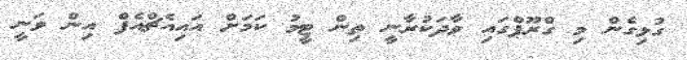
ގުޅިގެން މި ގްރޫޕްގައި ވާދަކުރާނީ ތިން ޓީމު ކަމަށް އައިއެޗްއެފް އިން ވަނީ